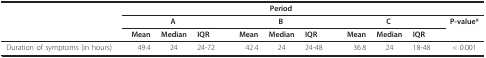
<table><thead><tr><td></td><td colspan="9"><b>Period</b></td><td></td></tr><tr><td></td><td colspan="3"><b>A</b></td><td colspan="3"><b>B</b></td><td colspan="3"><b>C</b></td><td><b>P-value*</b></td></tr><tr><td></td><td><b>Mean</b></td><td><b>Median</b></td><td><b>IQR</b></td><td><b>Mean</b></td><td><b>Median</b></td><td><b>IQR</b></td><td><b>Mean</b></td><td><b>Median</b></td><td><b>IQR</b></td><td></td></tr></thead><tbody><tr><td>Duration of symptoms (in hours)</td><td>49.4</td><td>24</td><td>24-72</td><td>42.4</td><td>24</td><td>24-48</td><td>36.8</td><td>24</td><td>18-48</td><td>&lt; 0.001</td></tr></tbody></table>